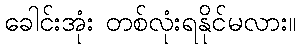
ခေါင်းအုံး တစ်လုံးရနိုင်မလား။